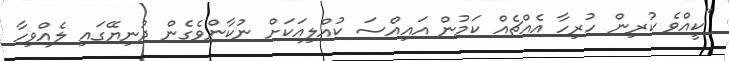
"ކީއްވެ ކުރިން ހުރިހާ އެއްޗެއް ކަމުން އައިއްސަ ކުއްލިއަކަށް ނުކާންވެގެން ދުނިޔޭގައި ލެއްވިހާ